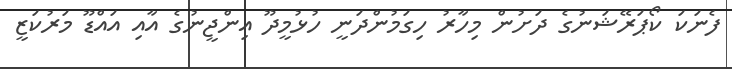
ފެނަކަ ކޯޕަރޭޝަނުގެ ދަށުން މިހާރު ހިގަމުންދަނީ ހުޅުމީދޫ އިންޖީނުގެ އާއި އައްޑޫ މަރުކަޒީ